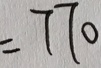
= 7 7 0